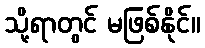
သို့ရာတွင် မဖြစ်နိုင်။